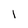
Character: 1